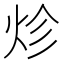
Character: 𤇪